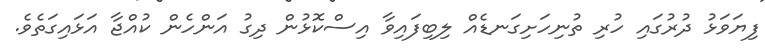
ފިޔަވަޅު ދުރުގައި ހުރި ތުނިހަށިގަނޑެއް ލިބިފައިވާ އިސްކޮޅުން ދިގު އަންހެން ކުއްޖާ އަޅައިގަތެވެ.